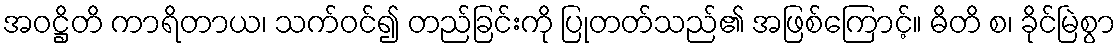
အဝဋ္ဌိတိ ကာရိတာယ၊ သက်ဝင်၍ တည်ခြင်းကို ပြုတတ်သည်၏ အဖြစ်ကြောင့်။ ဓိတိ စ၊ ခိုင်မြဲစွာ